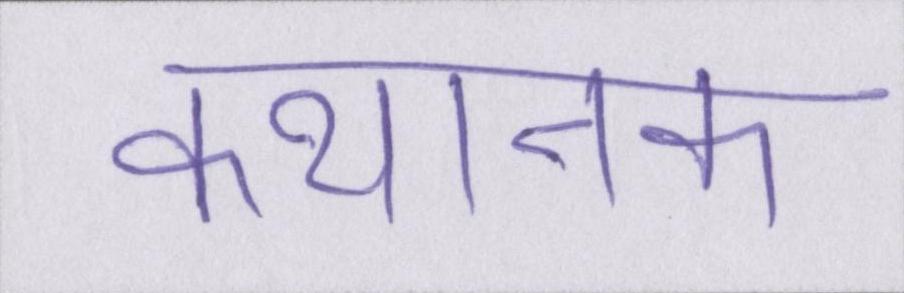
कथानक